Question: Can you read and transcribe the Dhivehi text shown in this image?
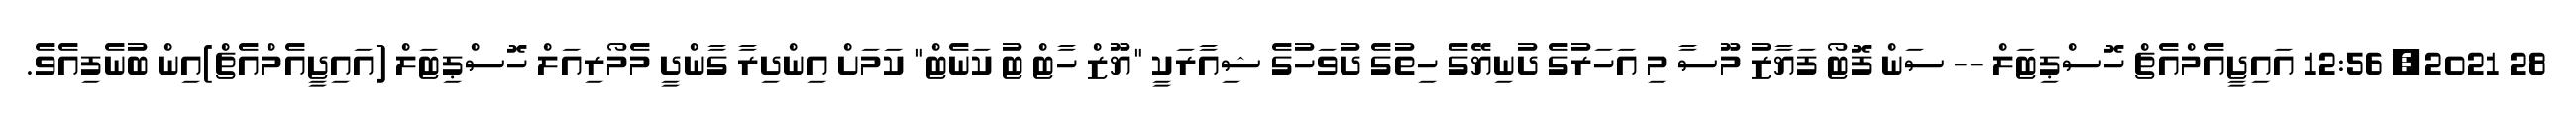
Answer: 28 2021, 12:56 އައިޖީއެމްއެޗް ހޮސްޕިޓަލް -- ސަން ފޮޓޯ ފަޔާޒު މޫސާ މި އަހަރުގެ ދުނިޔޭގެ ހިތުގެ ދުވަހުގެ ޝިއާރަކީ "ޔޫޒް ހާޓް ޓު ކަނެޓް" ކަމަށް އިންދިރާ ގާންދީ މެމޯރިއަލް ހޮސްޕިޓަލް (އައިޖީއެމްއެޗް)އިން ބުނެފިއެވެ.